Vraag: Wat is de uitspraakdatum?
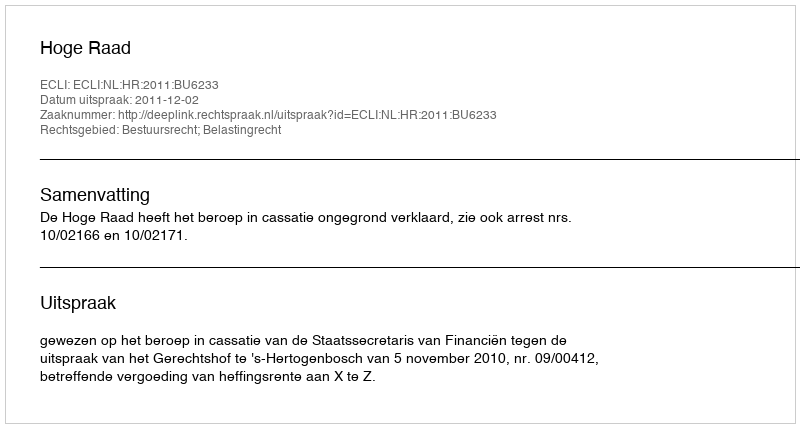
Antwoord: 2011-12-02